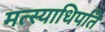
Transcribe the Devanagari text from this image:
मत्स्याधिपति